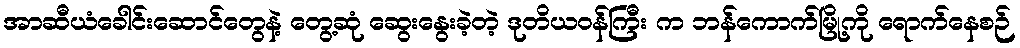
အာဆီယံခေါင်းဆောင်တွေနဲ့ တွေ့ဆုံ ဆွေးနွေးခဲ့တဲ့ ဒုတိယဝန်ကြီး က ဘန်ကောက်မြို့ကို ရောက်နေစဉ်